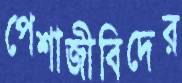
পেশাজীবিদের